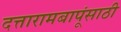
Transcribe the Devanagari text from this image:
दत्तारामबापूंसाठी